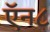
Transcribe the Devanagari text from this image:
ऍन८